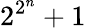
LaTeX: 2^{2^{n}}+1